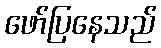
ဖော်ပြနေသည်